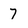
Character: 7